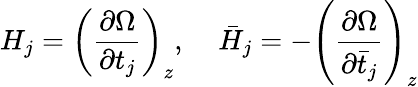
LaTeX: H_{j}=\left(\frac{\partial\Omega}{\partial t_{j}}\right)_{z},\; \; \; \; \bar{H}_{j}=-\left(\frac{\partial\Omega}{\partial\bar{t}_{j}}\right)_{z}